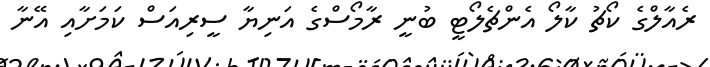
ރެއާލްގެ ކޯޗު ކާލޯ އެންޗެލޯޓީ ބުނީ ރާމޯސްގެ އަނިޔާ ސީރިއަސް ކަމަށާއި އޭނާ